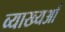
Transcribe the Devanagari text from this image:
व्याख्यओं